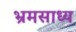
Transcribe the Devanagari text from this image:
भ्रमसाध्य